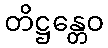
တိဋ္ဌန္တေဝ